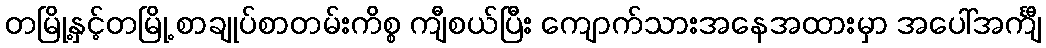
တမြို့နှင့်တမြို့ စာချုပ်စာတမ်းကိစ္စ ကျီစယ်ပြီး ကျောက်သားအနေအထားမှာ အပေါ်အင်္ကျီ